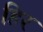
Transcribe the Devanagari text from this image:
हिर